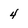
Character: 4